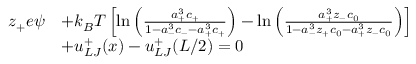
\begin{array} { r l } { z _ { + } e \psi } & { + k _ { B } T \left[ \ln \left( { \frac { a _ { + } ^ { 3 } c _ { + } } { 1 - a _ { - } ^ { 3 } c _ { - } - a _ { + } ^ { 3 } c _ { + } } } \right) - \ln \left( { \frac { a _ { + } ^ { 3 } z _ { - } c _ { 0 } } { 1 - a _ { - } ^ { 3 } z _ { + } c _ { 0 } - a _ { + } ^ { 3 } z _ { - } c _ { 0 } } } \right) \right] } \\ & { + u _ { L J } ^ { + } ( x ) - u _ { L J } ^ { + } ( L / 2 ) = 0 } \end{array}